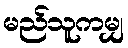
မည်သူကမျှ